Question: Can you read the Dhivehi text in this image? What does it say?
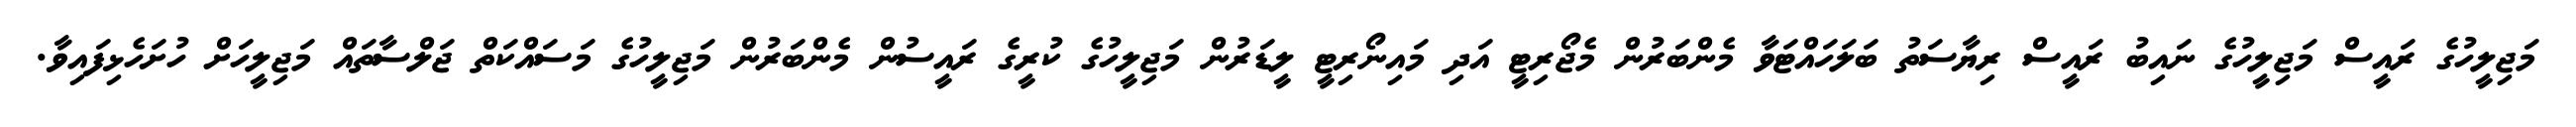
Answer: މަޖިލީހުގެ ރައީސް މަޖިލީހުގެ ނައިބު ރައީސް ރިޔާސަތު ބަލަހައްޓަވާ މެންބަރުން މެޖޯރިޓީ އަދި މައިނޯރިޓީ ލީޑަރުން މަޖިލީހުގެ ކުރީގެ ރައީސުން މެންބަރުން މަޖިލީހުގެ މަސައްކަތް ޖަލްސާތައް މަޖިލީހަށް ހުށަހެޅިފައިވާ.